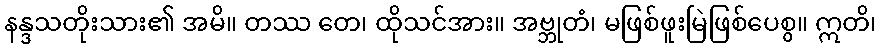
နန္ဒသတိုးသား၏ အမိ။ တဿ တေ၊ ထိုသင်အား။ အဗ္ဘုတံ၊ မဖြစ်ဖူးမြဲဖြစ်ပေစွ။ ဣတိ၊